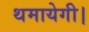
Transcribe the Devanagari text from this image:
थमायेगी।